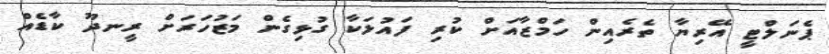
ޕެނަލްޓީ އޭރިޔާ ތެރެއިން ހަމްޒާއަށް ކުރި ފައުލަކާ ގުޅިގެން މަޒުހަރަށް ރީނދޫ ކާޑެއް